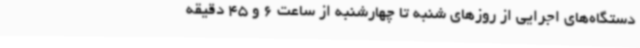
دستگاه‌های اجرایی از روزهای شنبه تا چهارشنبه از ساعت 6 و 45 دقیقه